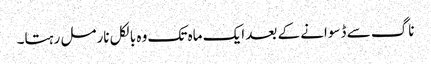
ناگ سے ڈسوانے کے بعد ایک ماہ تک وہ بالکل نارمل رہتا۔